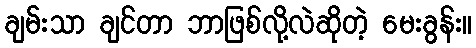
ချမ်းသာ ချင်တာ ဘာဖြစ်လို့လဲဆိုတဲ့ မေးခွန်း။